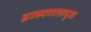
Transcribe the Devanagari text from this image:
ब्राह्मणसदृश